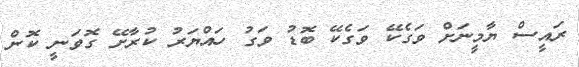
ރައީސް ޔާމީނަށް ވަގެކޭ ވަގެކޭ ބޮޑު ވަގު ހައްޔަރު ކުރާށޭ ގޮވަނީ ކޮން